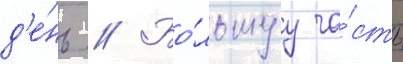
д'е́нь // Бо́льшуу ча́сть